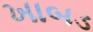
ખાબડ